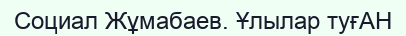
Социал Жұмабаев. Ұлылар туғАН